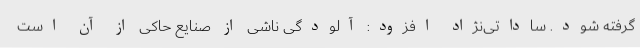
گرفته شود. ساداتی‌نژاد افزود: آلودگی ناشی از صنایع حاکی از آن است